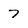
Character: 7